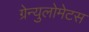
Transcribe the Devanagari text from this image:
ग्रेन्युलोमेटस